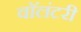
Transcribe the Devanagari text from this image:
वाॅलंटरी